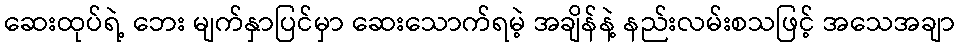
ဆေးထုပ်ရဲ့ ဘေး မျက်နှာပြင်မှာ ဆေးသောက်ရမဲ့ အချိန်နဲ့ နည်းလမ်းစသဖြင့် အသေအချာ